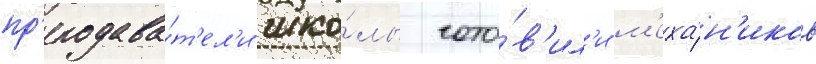
пр'еподава́т'ел'и шко́лы гото́в'ил'и м'еха́н'иков